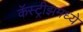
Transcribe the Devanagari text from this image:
कॅस्ट्रीझमध्ये